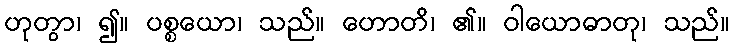
ဟုတွာ၊ ၍။ ပစ္စယော၊ သည်။ ဟောတိ၊ ၏။ ဝါယောဓာတု၊ သည်။